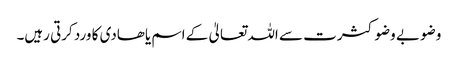
وضو بے وضو کثرت سے اللہ تعالیٰ کے اسم یاھادی کا ورد کرتی رہیں۔